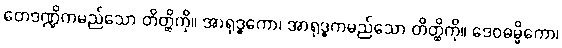
တေဒဏ္ဍိကမည်သော တိတ္ထိကို။ အာရုဒ္ဓကော၊ အာရုဒ္ဓကမည်သော တိတ္ထိကို။ ဒေဝဓမ္မိကော၊